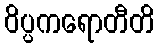
ဝိပ္ပကရောတီတိ